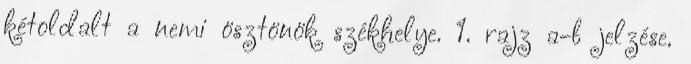
kétoldalt a nemi ösztönök székhelye. 1. rajz a-b jelzése.